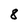
Character: 8